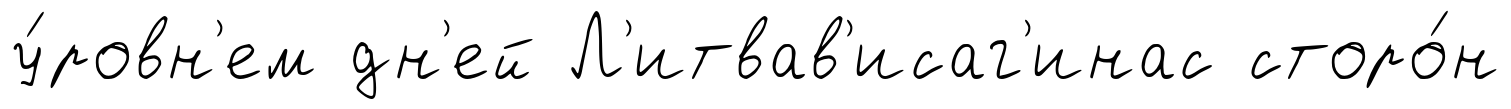
у́ровн'ем дн'ей Л'итвав'исаг'инас сторо́н